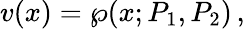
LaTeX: v(x)=\wp(x;P_{1},P_{2})\, ,